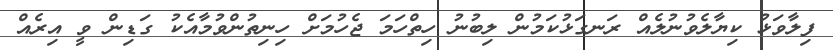
ފިލާވަޅު ކިޔާލެވުނުލެއް ރަނގަޅުކަމުން ލިބުނު ހިތްހަމަ ޖެހުމަށް ހިނިތުންވުމާއެކު ގަޑިން ވީ އިރެއް